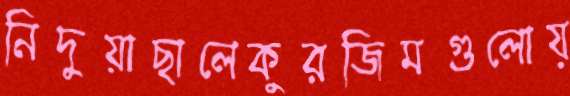
নিদুয়াছালেকুরজিমগুলোয়